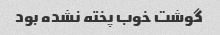
گوشت خوب پخته نشده بود